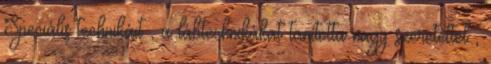
Speciális technikáit , a lábtechnikákat tanította nagy szeretettel ,